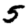
Digit: 5